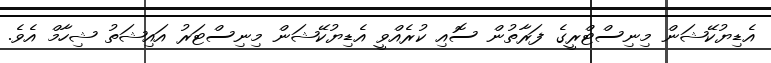
އެޑިޔުކޭޝަން މިނިސްޓްރީގެ ފަރާތުން ސޮއި ކުރެއްވީ އެޑިޔުކޭޝަން މިނިސްޓަރު އައިޝަތު ޝިހާމް އެވެ.